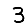
Digit: 3